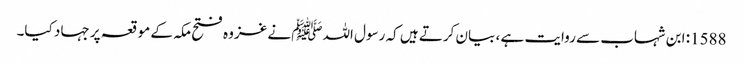
1588: ابن شہاب سے روایت ہے ، بیان کرتے ہیں کہ رسول اللہﷺ نے غزوہ فتح مکہ کے موقعہ پر جہاد کیا۔